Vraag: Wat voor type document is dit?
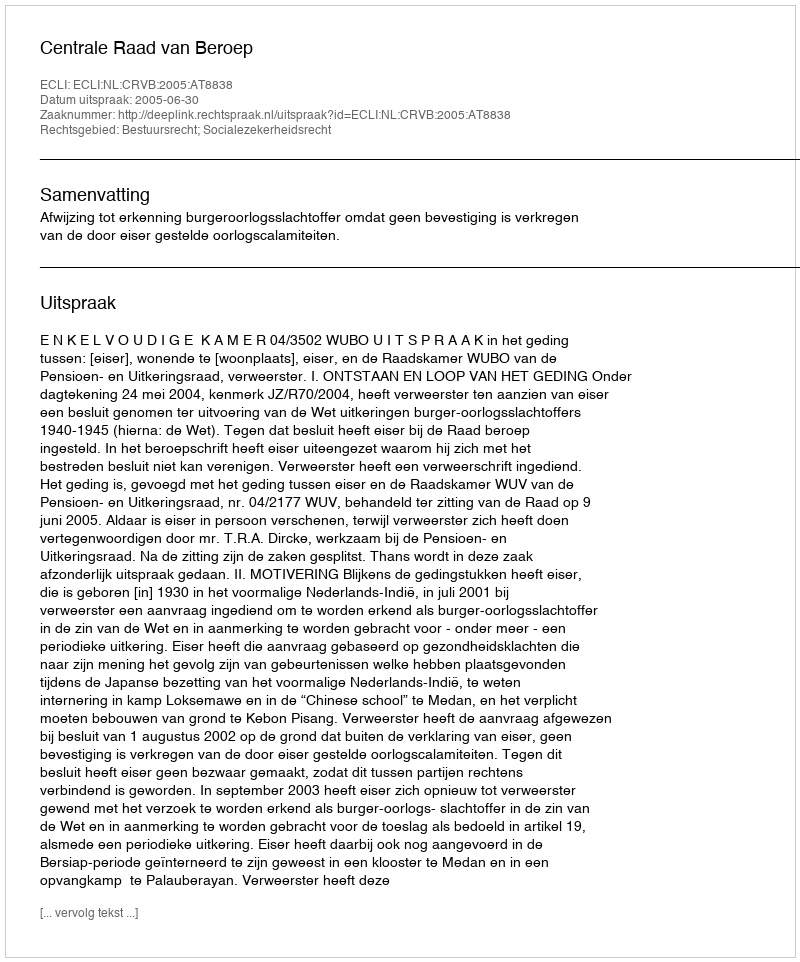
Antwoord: Uitspraak